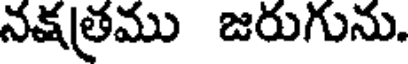
నక్షత్రము జరుగును.